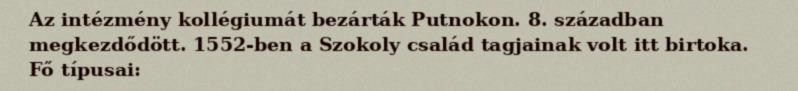
Az intézmény kollégiumát bezárták Putnokon. 8. században megkezdődött. 1552-ben a Szokoly család tagjainak volt itt birtoka. Fő típusai: